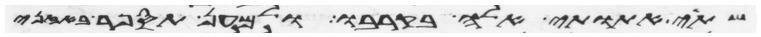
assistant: שתי אתותי אלה בקרבו ולמען תספר באזני